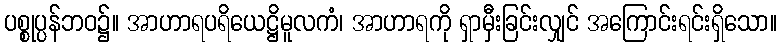
ပစ္စုပ္ပန်ဘဝ၌။ အာဟာရပရိယေဋ္ဌိမူလကံ၊ အာဟာရကို ရှာမှီးခြင်းလျှင် အကြောင်းရင်းရှိသော။